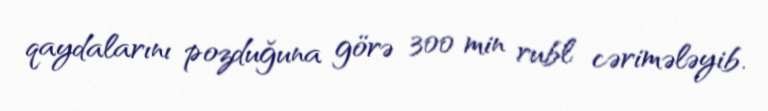
qaydalarını pozduğuna görə 300 min rubl cərimələyib.